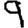
Digit: 9